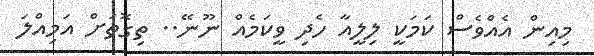
މިއިން އެއްވެސް ކަމަކީ ލިލީއާ ހެދި ވީކަމެއް ނޫނޭ.. ތިގޮތަށް އަމިއްލަ